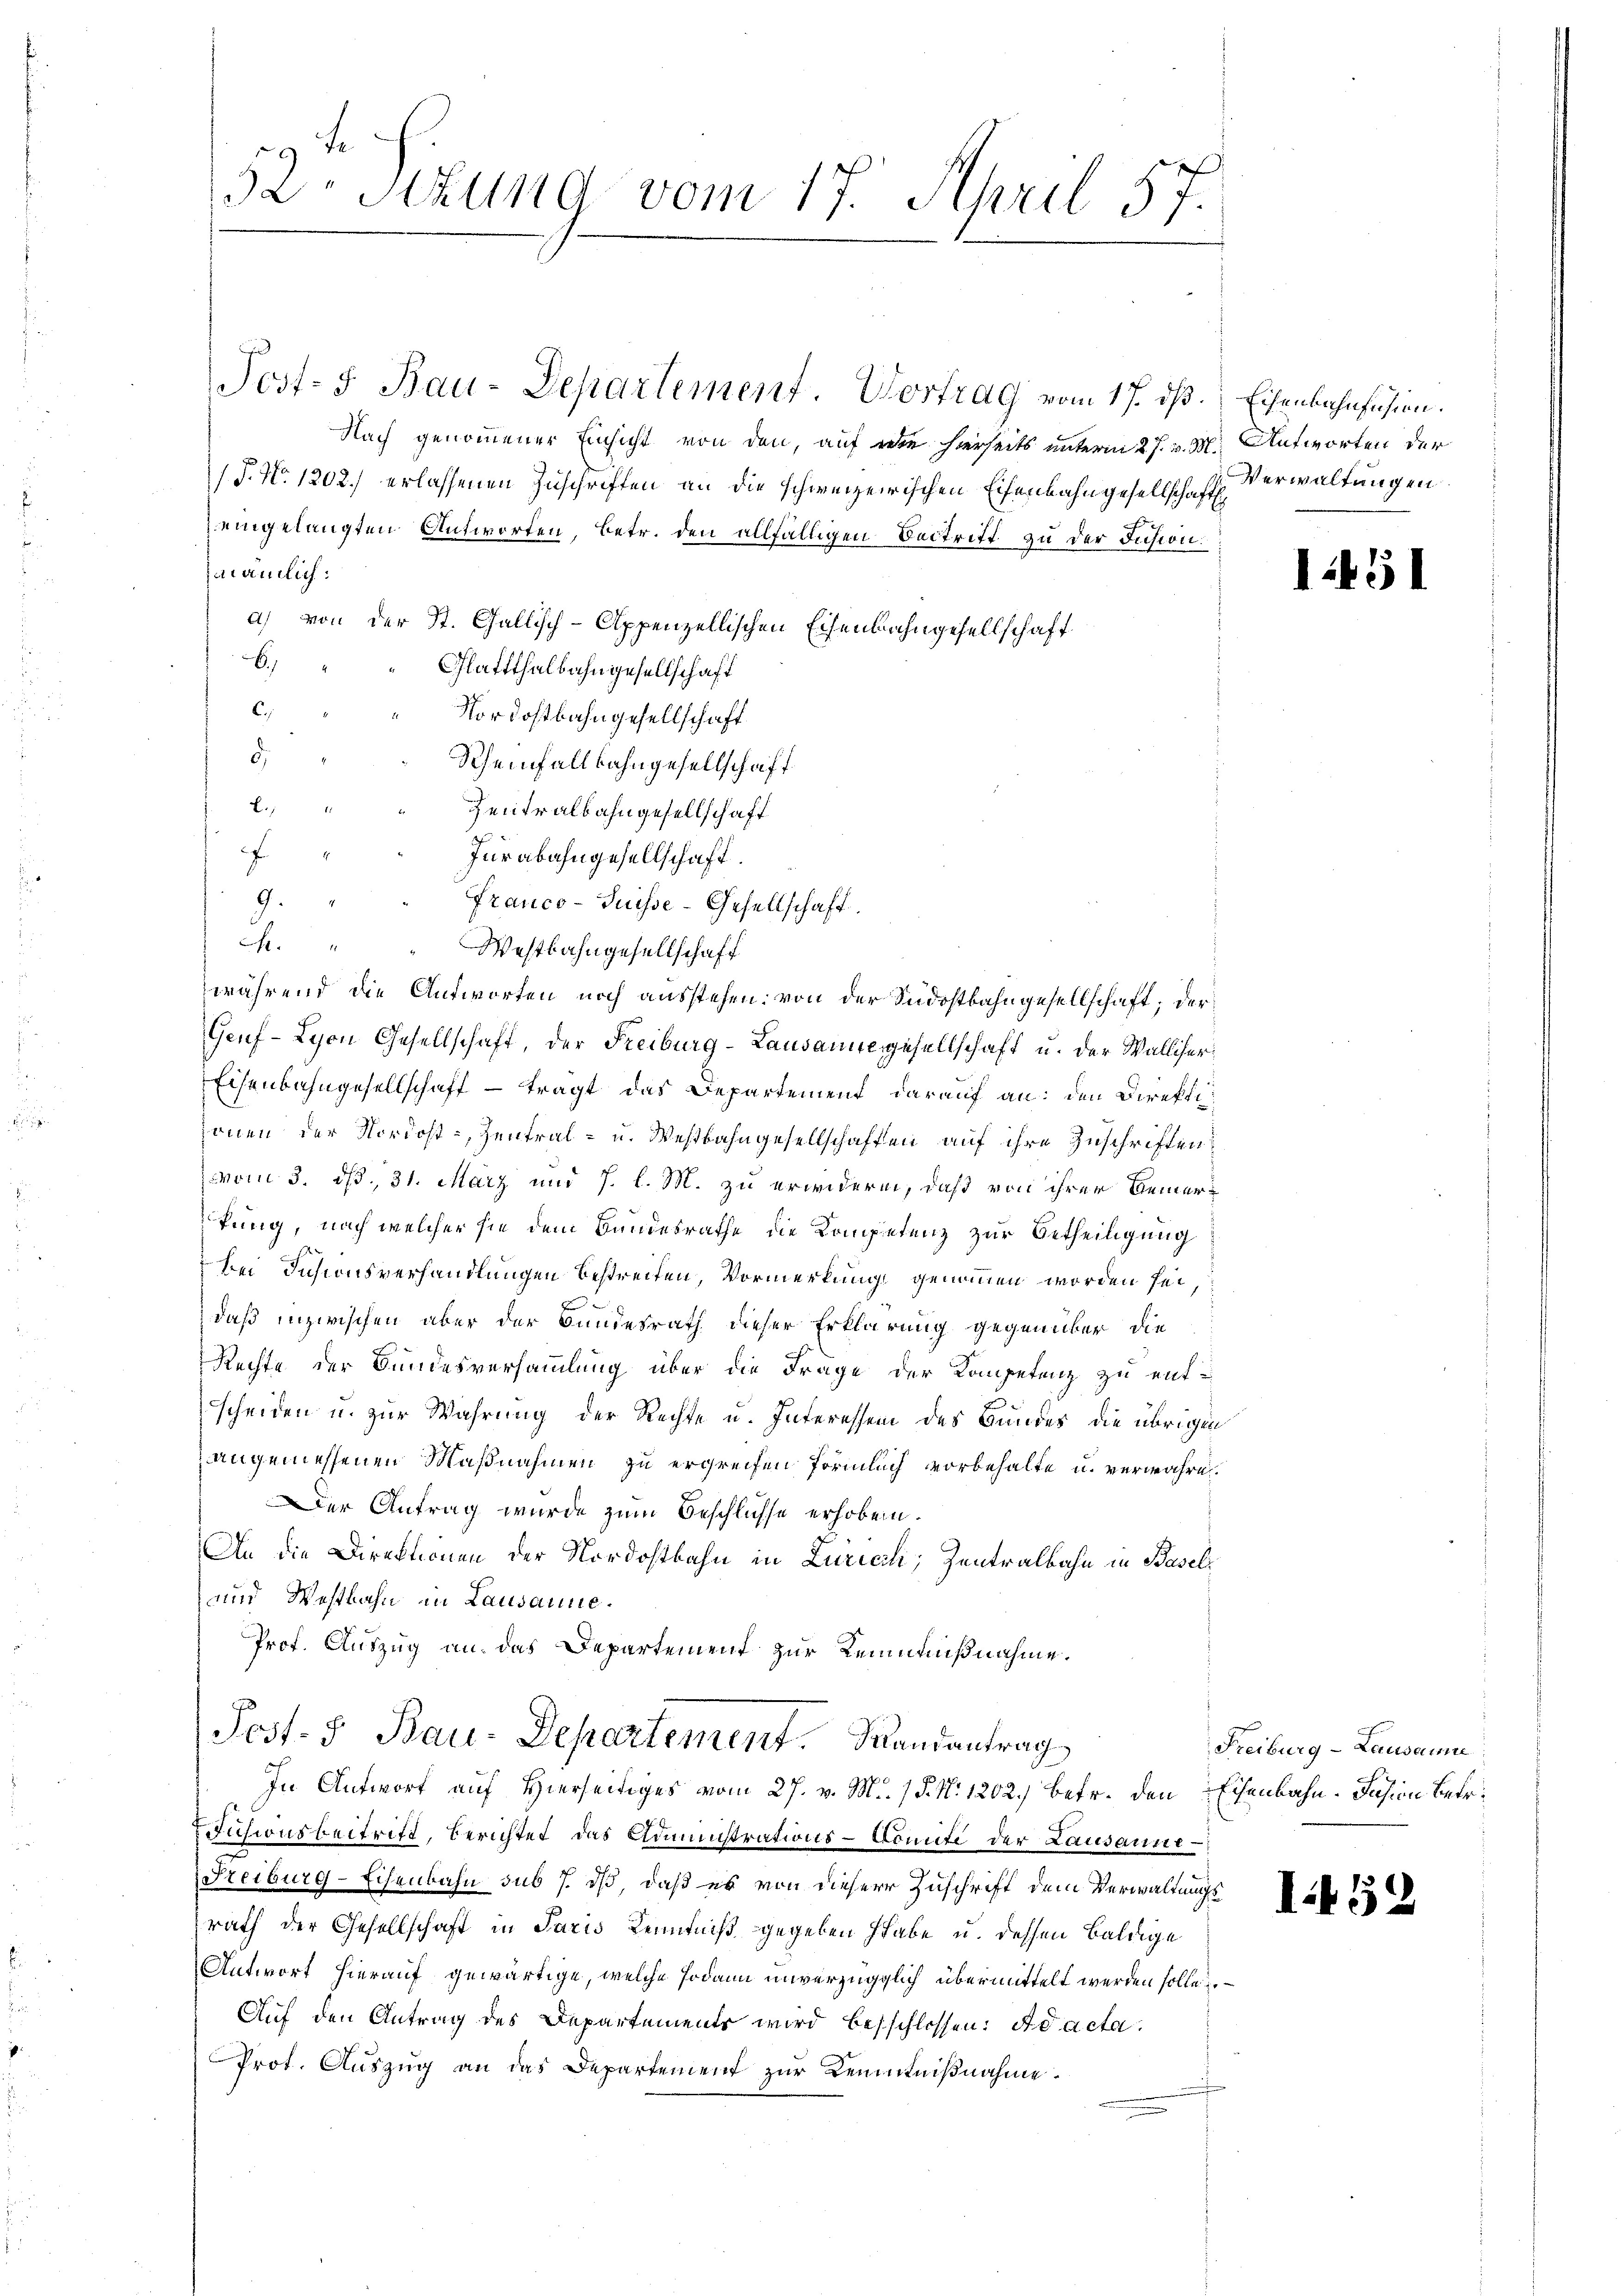
52. Situng vom 17. April 57.

Nach genommener Einsicht von den, auf wie hierseits unterm 27. v. M. Antworten der
/J. No. 1202.) erlassenen Zuschriften an die schweizerischen Eisenbahngesellschaft
eingelangten Antworten, betr. den allfälligen Beitritt zu der Insion:
nämlich:
a) von der St. Gallisch-Appenzellischen Eisenbahngesellschaft
x
Glattthalbahngesellschaft
C.
Nordostbahngesellschaft
5.
Scheinfallbahngesellschaft
L.
Zentralbahngesellschaft
e
Jurabahngesellschaft.
9.
Franco-Suisse-Gesellschaft
.
Westbahngesellschaft
während die Antworten noch ausstehen; von der Südostbahngesellschaft; der
Geuf-Lyon Gesellschaft, der Freiburg-Landamne gesellschaft u. der Walliser¬
Eisenbahngesellschaft – tragt das Departement darauf an: den Direkti
sonen der Nordost, Zentral- u. Westbahngesellschaften auf ihre Zuschriften
vom 3. dß., 31. März und J. l. M. zu erwidern, daß von ihrer Bemerkung, nach welcher sie dem Bundesrathe die Kompetenz zur Betheiligung
bei Insionsverhandlungen bestreiten, Vormerkung genommen worden sei,
daß inzwischen aber der Bundesrath dieser Erklärung gegenüber die
Rechte der Bundesversammlung über die Frage der Kompetenz zu ent-
scheiden u. zur Wahrung der Rechte u. Interessen des Bundes die übrigen
angemessenen Maßnahmen zu ergreifen förmlich vorbehalte u. verwahren.
er Antrag wurde zum Beschlüsse erhoben.
An die Direktionen der Nordostbahn in Zürich; Zentralbahn in Basel¬
und Westbahn in Lausanne¬
Prof. Auszug an das Departement zur Reimußnahme.

Post- 5. Bau-Departement. Vortrag vom 17. dß. Eisenbahnfuhren.

Post. S. Bau-Departement. Mandantrag
In Antworf auf Hierseitiges vom 27. v. M. (§. N: 1202.) Betr. den Eisenbahn. Jahr in Betr.

visionsbeitrift, Berichtet, das Administrations-Comite der Lausanne –
(Freiburg-Eisenbahn sub 7. dß, daß es von dieser Zuschrift dem Verwaltungsrath der Gesellschaft in Paris Kenntniß gegeben habe u. dessen baldige
Antwort hierauf gewärtige, welche sodann unverzügglich übermittelt werden solle
Auf den Antrag des Departements wird besschlossen: ad acta.
Prot. Auszug an das Departement zur Kenntnißnahme.

Verwaltungen.

1451

Freiburg - Lausanne

I.452